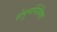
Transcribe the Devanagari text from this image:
सेपुनर्निमित